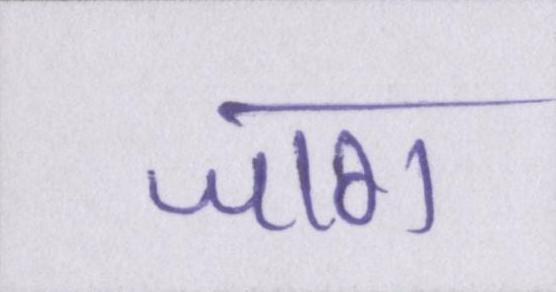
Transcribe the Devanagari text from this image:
जाग